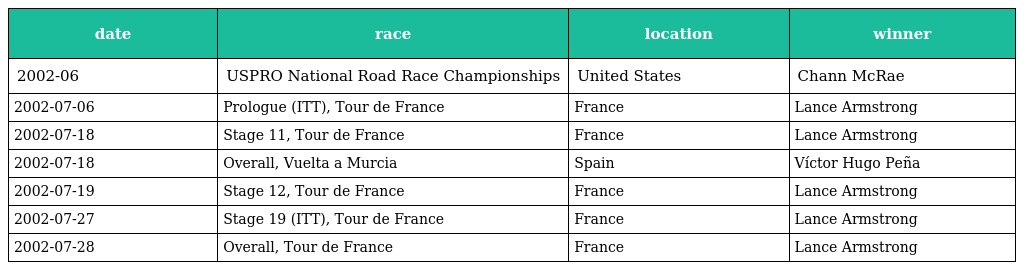
| date | race | location | winner |
 | --- | --- | --- | --- |
 | 2002-06 | USPRO National Road Race Championships | United States | Chann McRae |
 | 2002-07-06 | Prologue (ITT), Tour de France | France | Lance Armstrong |
 | 2002-07-18 | Stage 11, Tour de France | France | Lance Armstrong |
 | 2002-07-18 | Overall, Vuelta a Murcia | Spain | Víctor Hugo Peña |
 | 2002-07-19 | Stage 12, Tour de France | France | Lance Armstrong |
 | 2002-07-27 | Stage 19 (ITT), Tour de France | France | Lance Armstrong |
 | 2002-07-28 | Overall, Tour de France | France | Lance Armstrong |